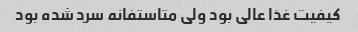
کیفیت غذا عالی بود ولی متاستفانه سرد شده بود